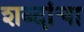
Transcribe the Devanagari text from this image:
शब्‍दांचा